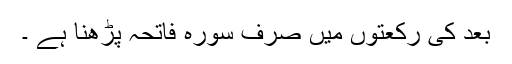
بعد کی رکعتوں میں صرف سورہ فاتحہ پڑھنا ہے ۔